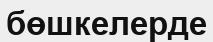
бөшкелерде